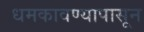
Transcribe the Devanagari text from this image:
धमकावण्यापासून